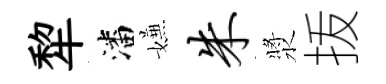
犂潘嫌朱漿㧞